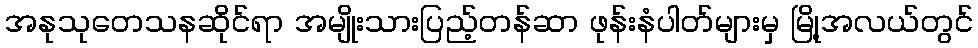
အနုသုတေသနဆိုင်ရာ အမျိုးသားပြည့်တန်ဆာ ဖုန်းနံပါတ်များမှ မြို့အလယ်တွင်